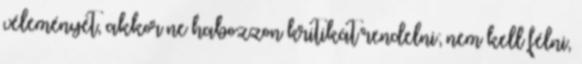
véleményét, akkor ne habozzon kritikát rendelni; nem kell félni,